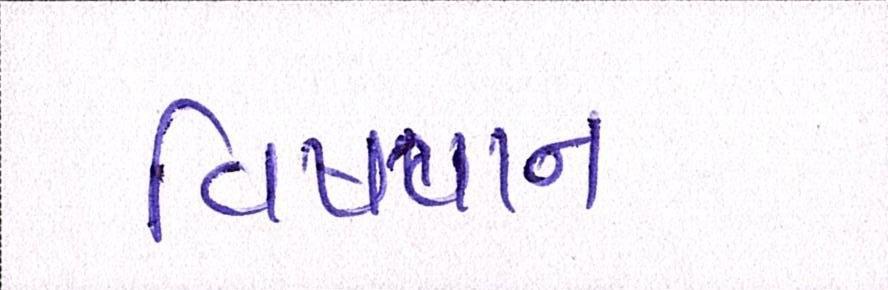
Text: વિષપાન